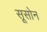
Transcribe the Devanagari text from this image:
सूसोन